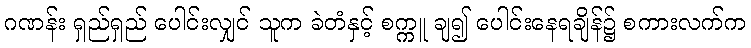
ဂဏန်း ရှည်ရှည် ပေါင်းလျှင် သူက ခဲတံနှင့် စက္ကူ ချ၍ ပေါင်းနေရချိန်၌ စကားလက်က